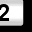
Digit: 2